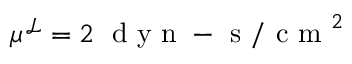
\mu ^ { \mathcal { L } } = 2 \; \mathrm { ~ d ~ y ~ n ~ - ~ s ~ / ~ c ~ m ~ } ^ { 2 }